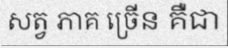
សត្វ ភាគ ច្រើន គឺជា